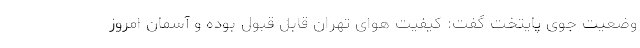
وضعیت جوی پایتخت گفت: کیفیت هوای تهران قابل قبول بوده و آسمان امروز